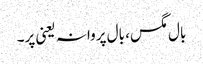
بال مگس، بال پروانہ یعنی پر۔